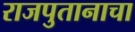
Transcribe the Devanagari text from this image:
राजपुतानाचा